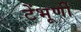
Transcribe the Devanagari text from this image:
टेंभूर्णी